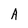
Character: A